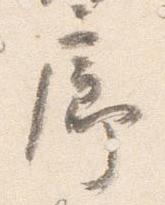
廊